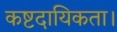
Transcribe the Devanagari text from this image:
कष्टदायिकता।